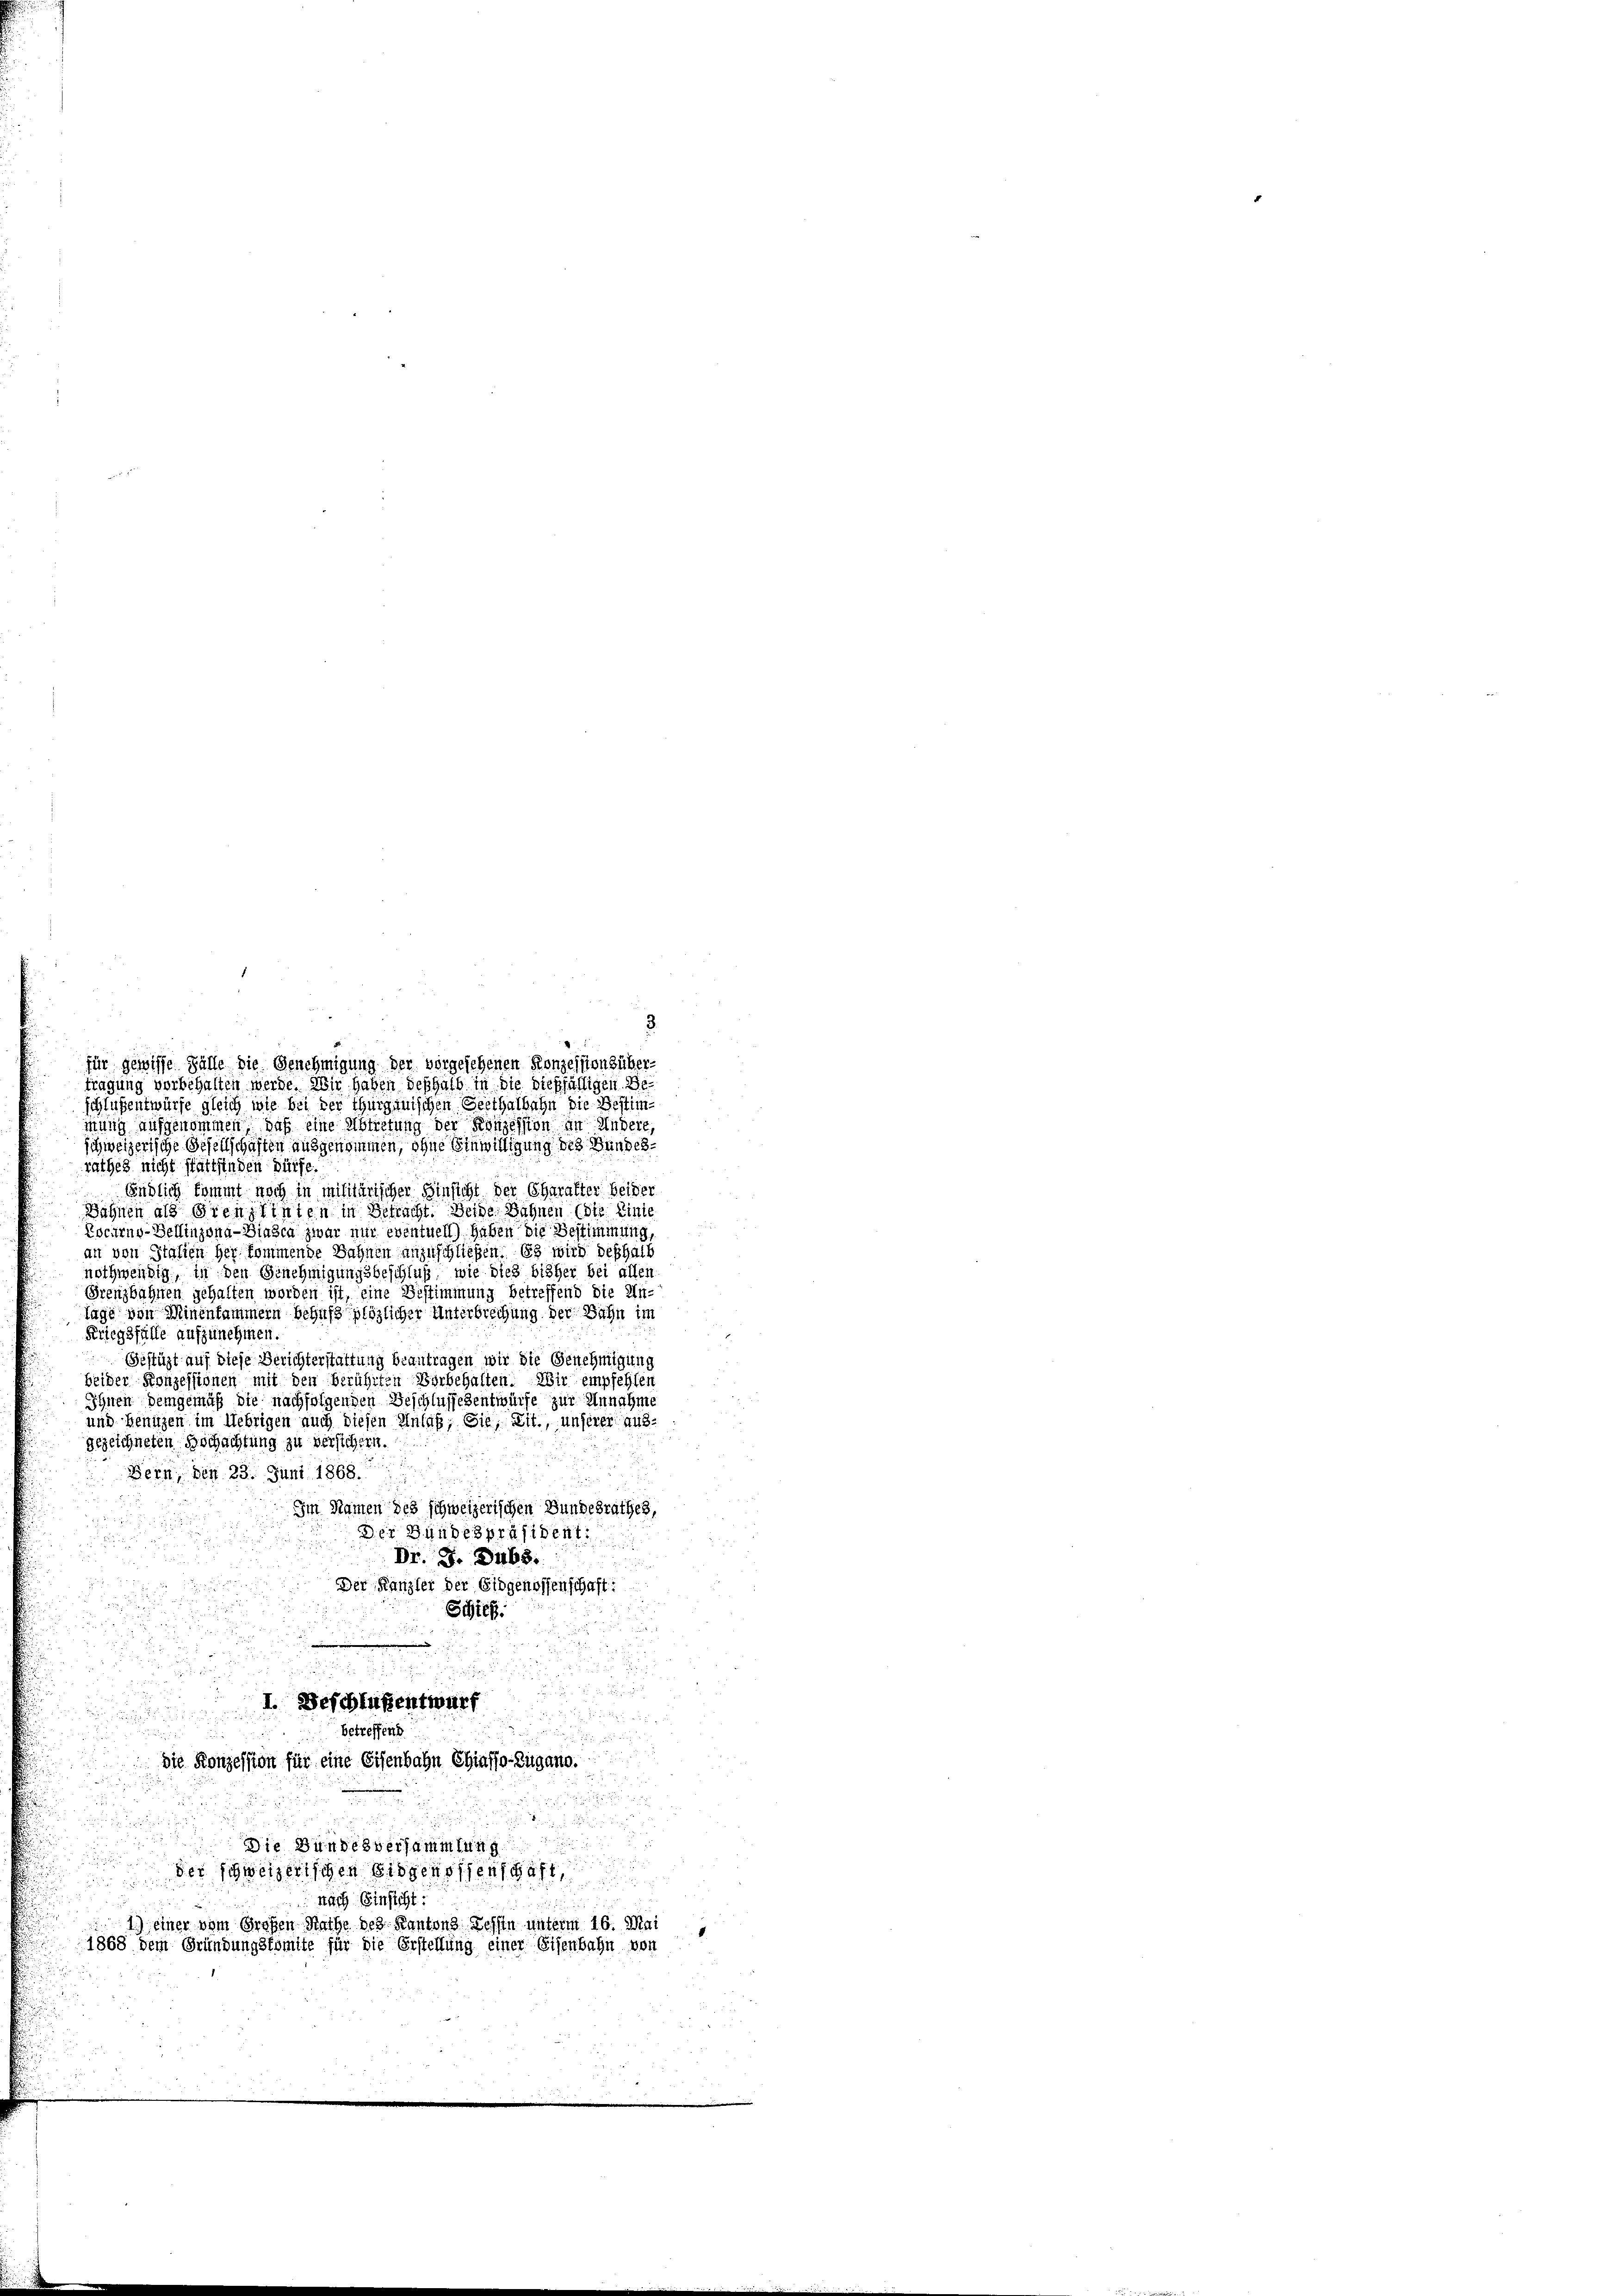
3.
tragung vorbehalten werde. Wir haben seßhalb in die dießfälligen. We
schlußentwürfe gleich wie bei der Thurgauischen Gesthalbahn die Bestimmung aufgenommen, daß eine Abtretung der Konzession in Andere,
schweizerische Gesellschaften ausgenommen, ohne Einwilligung des Bundesrathes nicht stattfinden dürfe
Endlich kommt noch in militärischer Hinsicht der Charakter beider
Dähnen als Grenzlinien in Betracht. Beide Dähnen (die Linie
Locarno-Bellinzona-Biasca zwar nur eventuell) haben die Bestimmung,
an von Italien her kommende Sahnen anzuschließen. Es wird deshalb
nothwendig, in den Genehmigungsbeschluß, wie dies bisher bei allen
Grenzbahnen gehalten worden ist, eine Bestimmung betreffend die Un-
lage von Minenkammern behufs plötzlicher Unterbrechung der Bahn im
Kriegsfälle aufzunehmen.
Gestüzt auf diese Berichterstattung beantragen wir die Genehmigung
beider Konzessionen mit den berührten Vorbehalten. Wir empfehlen
Ihnen Demgemäß die nachfolgenden Beschlussesentwürfe zur Annahme
und benuzen im Uebrigen auch diesen Anlaß, Sie, Lit., unserer Aus-
gezeichneten Beschachtung zu versichern.
Bern, den 23. Juni 1868.
Im Namen des schweizerischen Bundesrathes,
din de
Der Bundespräsident.
Dr. J. Dubs.
Der Kanzler der Eidgenossenschaft:
Schick

I. Beschlußentwurf

d
betreffend

die Konzession für eine Eisenbahn Chiafso-Zugano.
s
.
Die Bundesversammlung

der Schweizertigen Eidgenossenschaft

nach Einsicht:
1.) einer vom Großen Rathe des Kantons Tessin unterm 16. Mai
1868 dem Gründungskomite für die Erstellung einer Eisenbahn von

für gewisse Fälle die Genehmigung der vorgesehenen Konzessionsüber¬